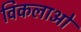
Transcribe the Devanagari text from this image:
विकलाओं